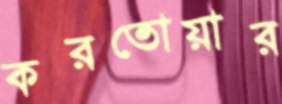
করতোয়ার